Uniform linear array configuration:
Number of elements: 4
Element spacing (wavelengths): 0.75
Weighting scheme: blackman
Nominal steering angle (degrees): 30
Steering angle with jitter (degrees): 29.807
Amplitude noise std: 0.05
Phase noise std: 0.05

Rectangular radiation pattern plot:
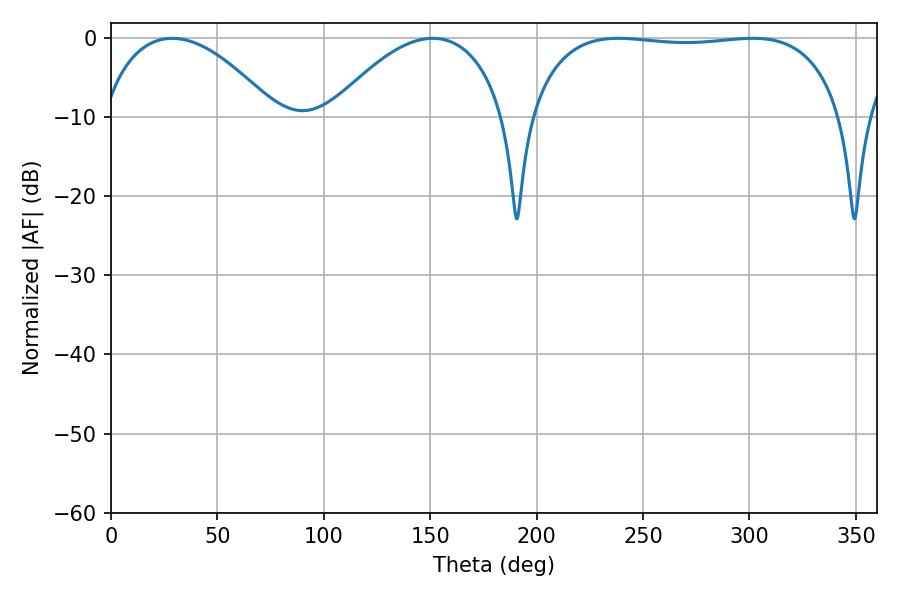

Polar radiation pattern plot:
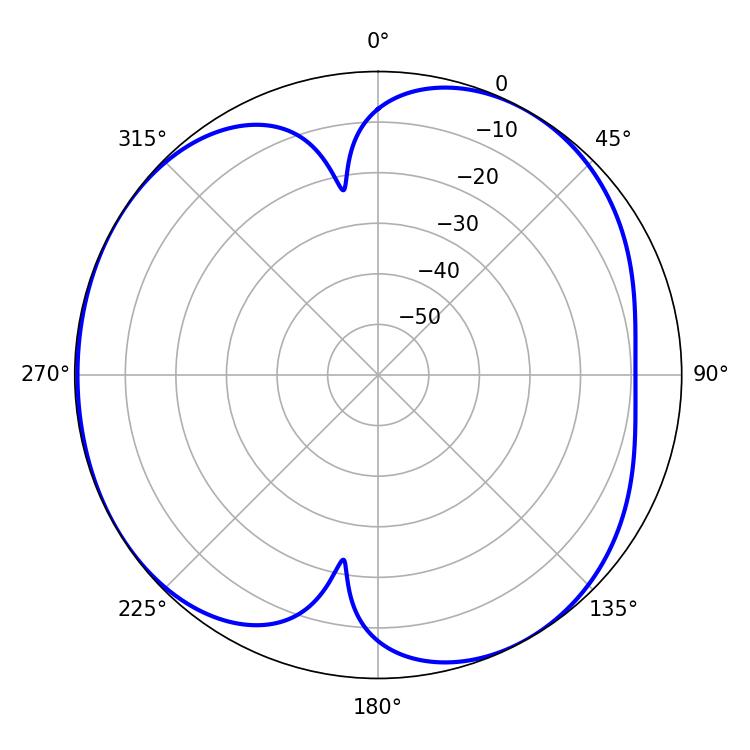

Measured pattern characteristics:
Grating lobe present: TRUE
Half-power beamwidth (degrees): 46.08
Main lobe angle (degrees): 28.8